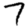
Digit: 7